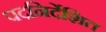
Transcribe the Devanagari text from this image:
पदनिर्देशित